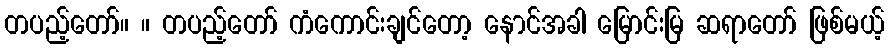
တပည့်တော်။ ။ တပည့်တော် ကံကောင်းချင်တော့ နောင်အခါ မြောင်းမြ ဆရာတော် ဖြစ်မယ့်